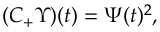
( C _ { + } \Upsilon ) ( t ) = \Psi ( t ) ^ { 2 } , ~ ~ ~ ~ ~ ~ ~ ~ ~ ~ ~ ~ ~ ~ ~ ~ ~ ~ ~ ~ ~ ~